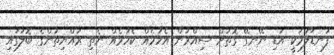
ފުނޑާލުމަކީ އަޑި ނޭނގޭ ގޮތަށް ސިއްރުން އެހުމެއް ކެހުމެއް ނެތި ރައްޔިތުންގެ ބޮލުގައި